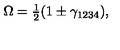
\Omega = \textstyle { \frac { 1 } { 2 } } ( 1 \pm \gamma _ { 1 2 3 4 } ) ,